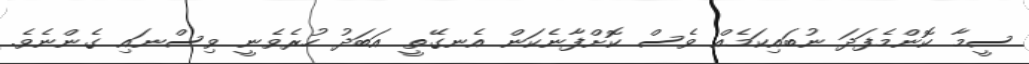
ސީމާ ކޮންމެފަދަ ނުބައިކަމެއް ވެސް ކޮށްފާނެކަން އެނގޭތީ އަބަދު ހުރެވެނީ ވިސްނައި ގެންނެވެ.